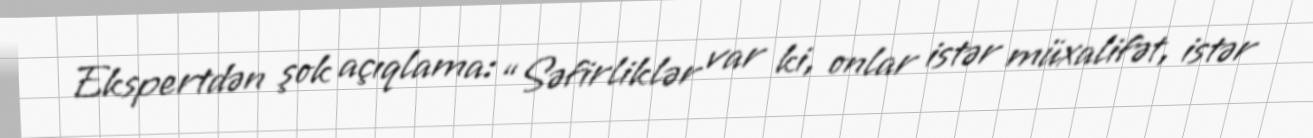
Ekspertdən şok açıqlama: “Səfirliklər var ki, onlar istər müxalifət, istər